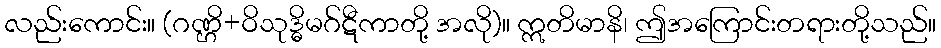
လည်းကောင်း။ (ဂဏ္ဌိ+ဝိသုဒ္ဓိမဂ်ဋီကာတို့ အလို)။ ဣတိမာနိ၊ ဤအကြောင်းတရားတို့သည်။